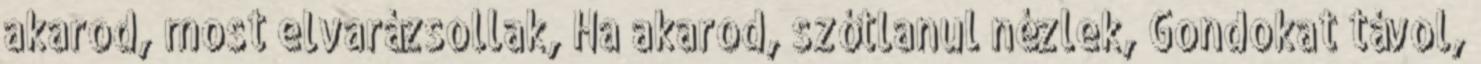
akarod, most elvarázsollak, Ha akarod, szótlanul nézlek, Gondokat távol,